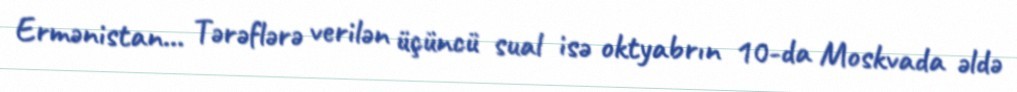
Ermənistan... Tərəflərə verilən üçüncü sual isə oktyabrın 10-da Moskvada əldə